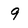
Character: 9